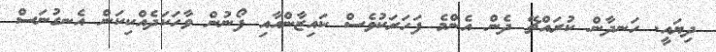
ދިޔައީ. ހަނދާން ކުރައްޗޭ ދެން އެންމެ ފަހަރަކުވެސް ކައިޒާންއާއި ފޯނުން ވާހަކަދެއްކިކަން އެނގުނަސް